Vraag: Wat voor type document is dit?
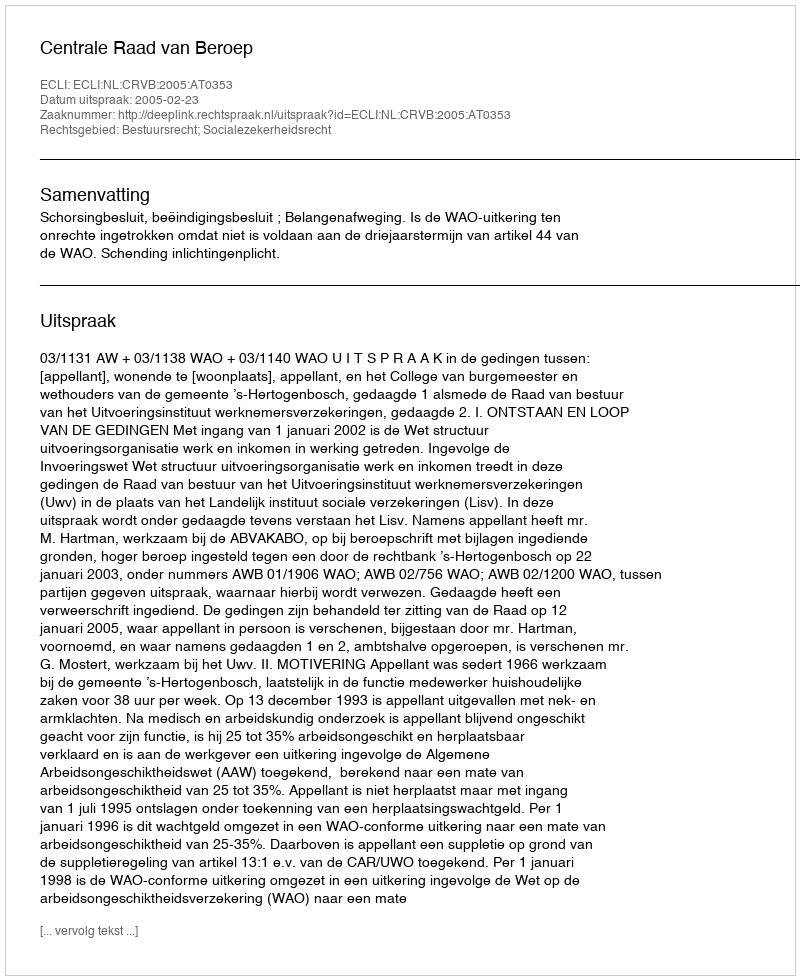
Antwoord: Uitspraak